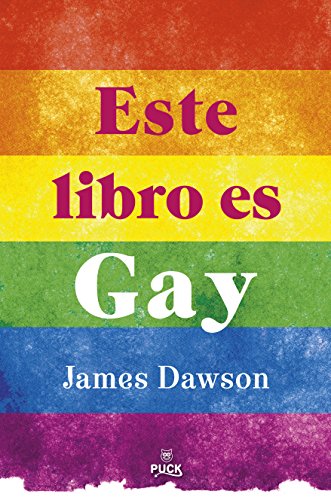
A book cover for Este libro es gay (Spanish Edition); James Dawson; Teen & Young Adult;